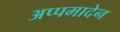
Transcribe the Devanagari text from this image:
अप्पमादेन